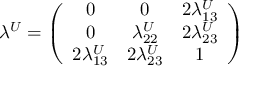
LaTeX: \lambda ^ { U } = \left( \begin{array} { c c c } { { 0 } } & { { 0 } } & { { 2 \lambda _ { 1 3 } ^ { U } } } \\ { { 0 } } & { { \lambda _ { 2 2 } ^ { U } } } & { { 2 \lambda _ { 2 3 } ^ { U } } } \\ { { 2 \lambda _ { 1 3 } ^ { U } } } & { { 2 \lambda _ { 2 3 } ^ { U } } } & { { 1 } } \end{array} \right)